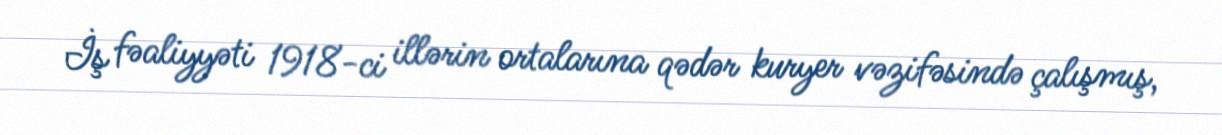
İş fəaliyyəti 1918-ci illərin ortalarına qədər kuryer vəzifəsində çalışmış,